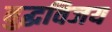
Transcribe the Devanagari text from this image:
बुद्धविजय